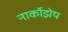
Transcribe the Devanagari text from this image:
नार्कोझेप